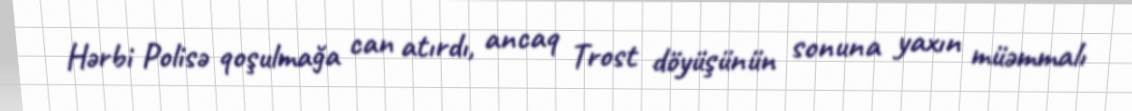
Hərbi Polisə qoşulmağa can atırdı, ancaq Trost döyüşünün sonuna yaxın müəmmalı